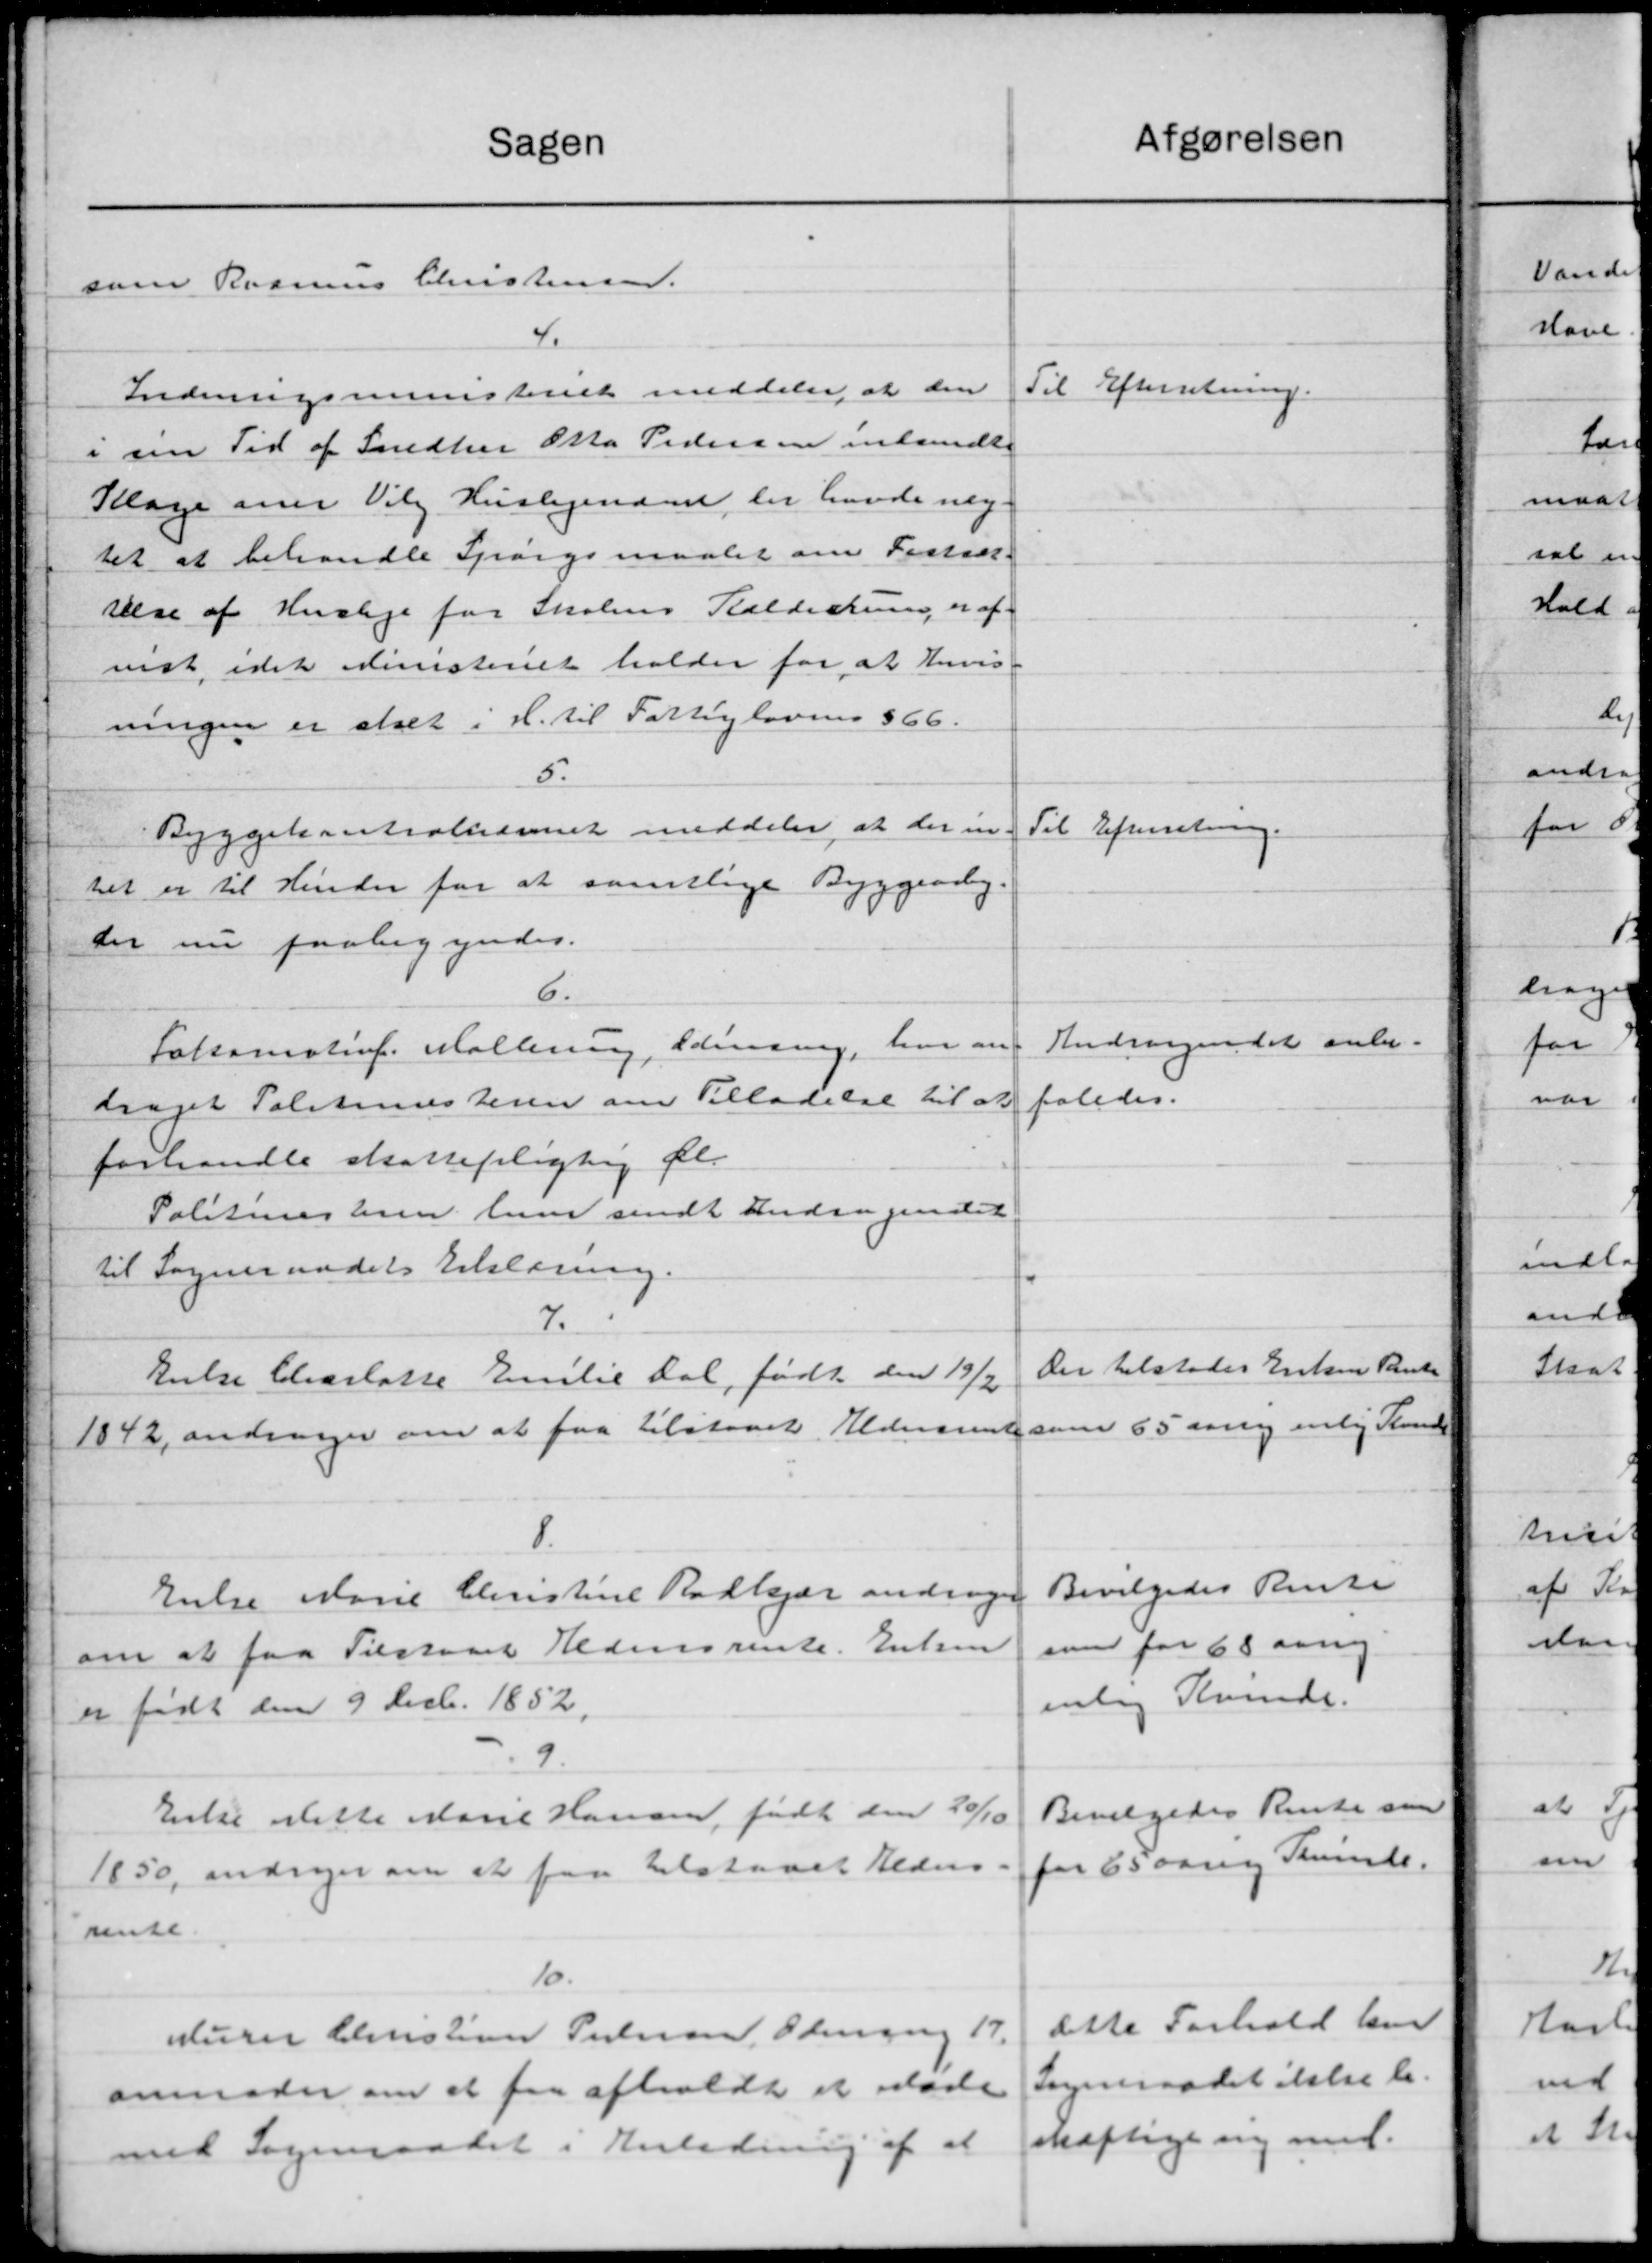
Transskription:
Afgørelsen
Sagen
som Rasmus Christensen.
4.
Til Efterretning.
Indenrigsministeriet meddeler at den
i sin Tid af Snedker Otto Pedersen indsendte
Klage over Vilg Huslejenævn, der havde neg.
tet at behandle Spørgsmaalet om Fortsær.
relse af Husleje for Skolens Kælderrum, er af-
vist, idet Ministeriet holder for at Anvis
ningen er stalt i H. til Fattiglovens §66.
5.
Til Efterretning.
Byggekontrollæsnet meddeler at der in-
tel er til Hinder for at samtlige Byggeaaby.
der nu paabegyndes.
6.
Andragendet anbe-
Fakamstrof. Møllerup, Odensing, har an-
faledes.
draget Politimesteren om Tilladelse til at
forhandle skattepligtig Øl.
Politimesteren ham sendt Andragendet.
til Sogneraadets Erklæring.
7.
Der tilstodes Enken Pante
kuelse Charlotte Emilie Dal, født den 19/2
1042, andrager om at faa tilstaaet Aldersrente som 65 aarig enlig Konde
8.
Bevilgedes Renti
Enke Marie Christine Rødkjær andrager
samt for 68 aarig
om at faa Tilstaaet Hedensrente. Enken
enlig Kvinde.
er født den 9 Decbr. 1852.
9.
Bevilgedes Rente som
Enke dette Marie Hansen, født den 20/10
for 65 aarig Skinde.
1850, andrager om at faa tilstaaet Alders
rente
10.
dette Forhold har
Murer Christian Pedersen, Odening 17.
Sogneraadet ilstæde.
anmoder om at faa afholdt et lade
skæftige ny med.
med Sogneraadet i Anledning af at